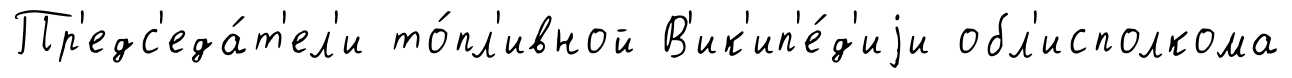
Пр'едс'еда́т'ел'и то́пл'ивной В'ик'ип'е́д'иjи обл'исполкома